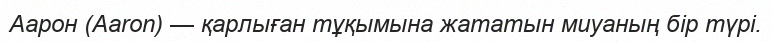
Аарон (Aaron) — қарлыған тұқымына жататын миуаның бір түрі.